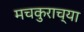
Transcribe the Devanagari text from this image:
मचकुराच्या